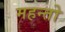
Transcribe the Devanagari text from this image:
महन्तो